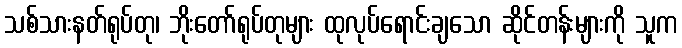
သစ်သားနတ်ရုပ်တု၊ ဘိုးတော်ရုပ်တုများ ထုလုပ်ရောင်းချသော ဆိုင်တန်းများကို သူက